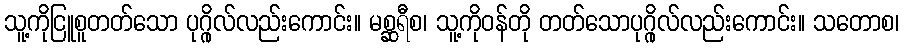
သူ့ကိုငြူစူတတ်သော ပုဂ္ဂိုလ်လည်းကောင်း။ မစ္ဆရီစ၊ သူ့ကိုဝန်တို တတ်သောပုဂ္ဂိုလ်လည်းကောင်း။ သတောစ၊